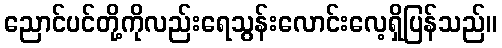
ညောင်ပင်တို့ကိုလည်းရေသွန်းလောင်းလေ့ရှိပြန်သည်။